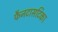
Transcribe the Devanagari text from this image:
फैनटासटिका